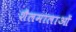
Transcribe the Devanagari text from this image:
शैलमालाओं